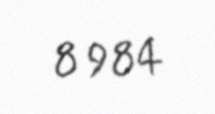
8 984